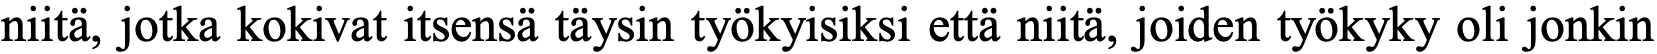
niitä, jotka kokivat itsensä täysin työkyisiksi että niitä, joiden työkyky oli jonkin